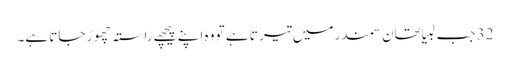
32 جب لبیا تھان سمندر میں تیر تا ہے تو وہ اپنے پیچھے راستہ چھو ڑ جاتا ہے۔